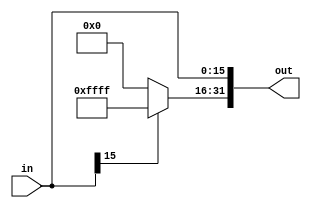
`timescale 1ns / 1ps

module SignExtendUnit(
    input [15:0] in,
    output [31:0] out
    );

    assign out[15:0] = in;
    assign out[31:16] = in[15] ? 16'hffff : 16'h0000;

endmodule